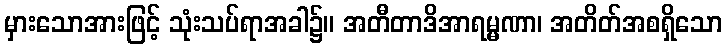
မှားသောအားဖြင့် သုံးသပ်ရာအခါ၌။ အတီတာဒိအာရမ္မဏာ၊ အတိတ်အစရှိသော